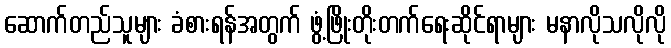
ဆောက်တည်သူများ ခံစားရန်အတွက် ဖွံ့ဖြိုးတိုးတက်ရေးဆိုင်ရာများ မနာလိုသလိုလို